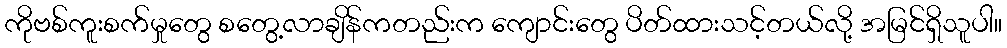
ကိုဗစ်ကူးစက်မှုတွေ စတွေ့လာချိန်ကတည်းက ကျောင်းတွေ ပိတ်ထားသင့်တယ်လို့ အမြင်ရှိသူပါ။